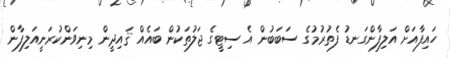
ހައިފާއަށް އަލިފާންގަނޑު ފެތުރުމުގެ ސަބަބުން އެ ސިޓީގެ ޖަލުތަކުން ބައެއް ޤައިދީން މިނިވަންކުރަނީއަލިފާން